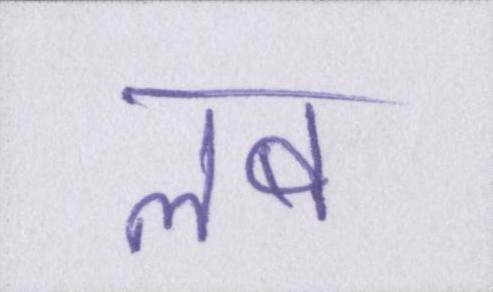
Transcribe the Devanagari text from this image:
लब